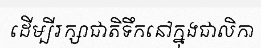
ដើម្បីរក្សាជាតិទឹកនៅក្នុងជាលិកា